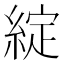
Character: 綻